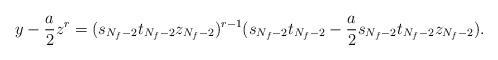
\begin{align*}y-\frac{a}{2}z^r=(s_{N_f-2}t_{N_f-2}z_{N_f-2})^{r-1}(s_{N_f-2}t_{N_f-2}-\frac{a}{2}s_{N_f-2}t_{N_f-2}z_{N_f-2}).\end{align*}